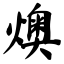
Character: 燠